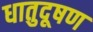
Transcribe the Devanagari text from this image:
धातुदूषण